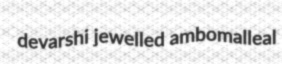
devarshi jewelled ambomalleal